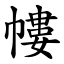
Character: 㡞